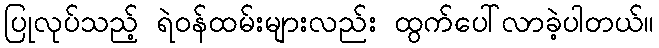
ပြုလုပ်သည့် ရဲဝန်ထမ်းများလည်း ထွက်ပေါ်လာခဲ့ပါတယ်။